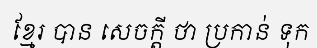
ខ្មែរ បាន សេចក្តី ថា ប្រកាន់ ទុក